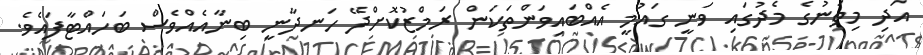
އަދި މިތަނުގެ މެދުގައި ވަނީ ގައުމީ އެއްބައިވަންތަކަން ރަމްޒުކޮށްދޭ ހަނދާނީ ބިނާއެއްވެސް ބަހައްޓާފައެވެ.